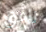
رافق